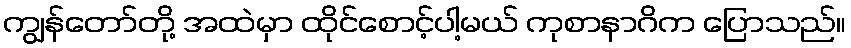
ကျွန်တော်တို့ အထဲမှာ ထိုင်စောင့်ပါ့မယ် ကုစာနာဂိက ပြောသည်။